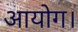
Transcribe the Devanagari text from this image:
आयोग।